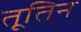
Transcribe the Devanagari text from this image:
तूतिन